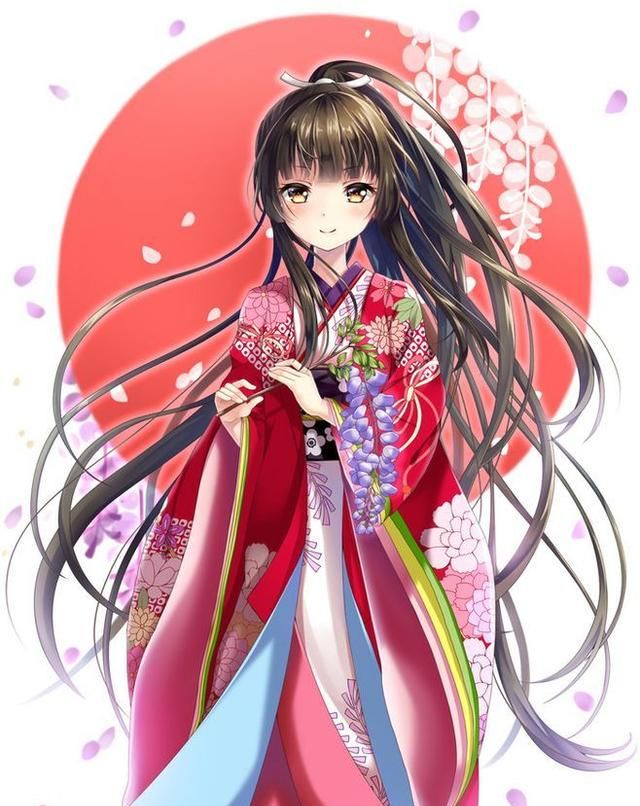
人间梦隔西风，算天上年华一瞬。